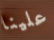
علينا